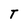
Character: T